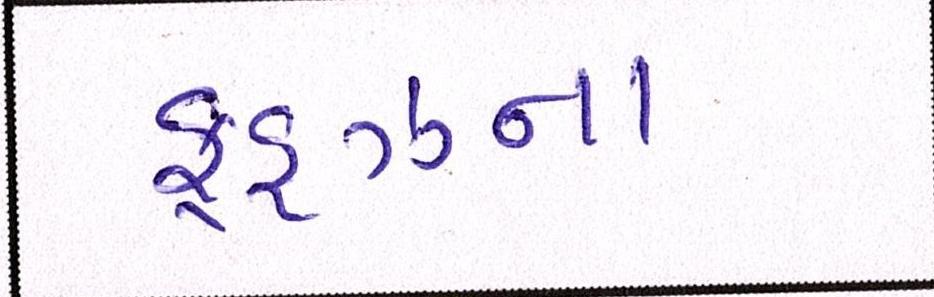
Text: ફૂડ્ઝના